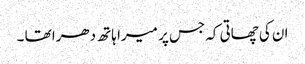
ان کی چھاتی کہ جس پر میرا ہاتھ دھرا تھا ۔